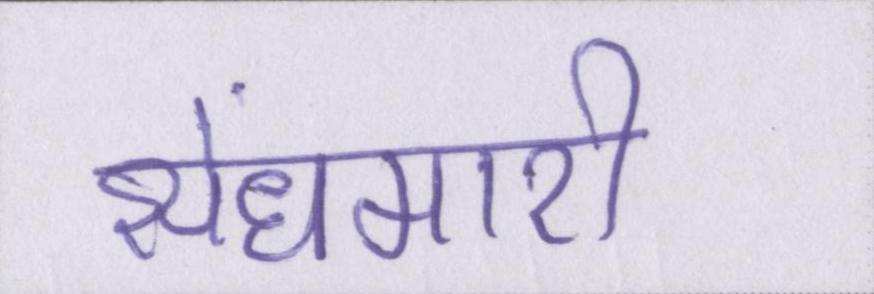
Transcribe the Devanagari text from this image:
सेंधमारी